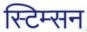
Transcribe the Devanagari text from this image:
स्टिम्सन